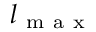
l _ { \mathrm { ~ m ~ a ~ x ~ } }